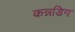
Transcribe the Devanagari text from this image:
कन्नडिग